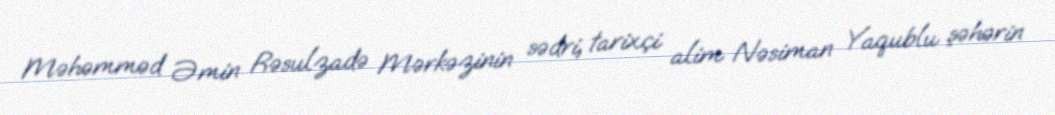
Məhəmməd Əmin Rəsulzadə Mərkəzinin sədri, tarixçi alim Nəsiman Yaqublu şəhərin